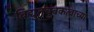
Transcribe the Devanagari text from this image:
विद्युतचुंबकत्वाच्या